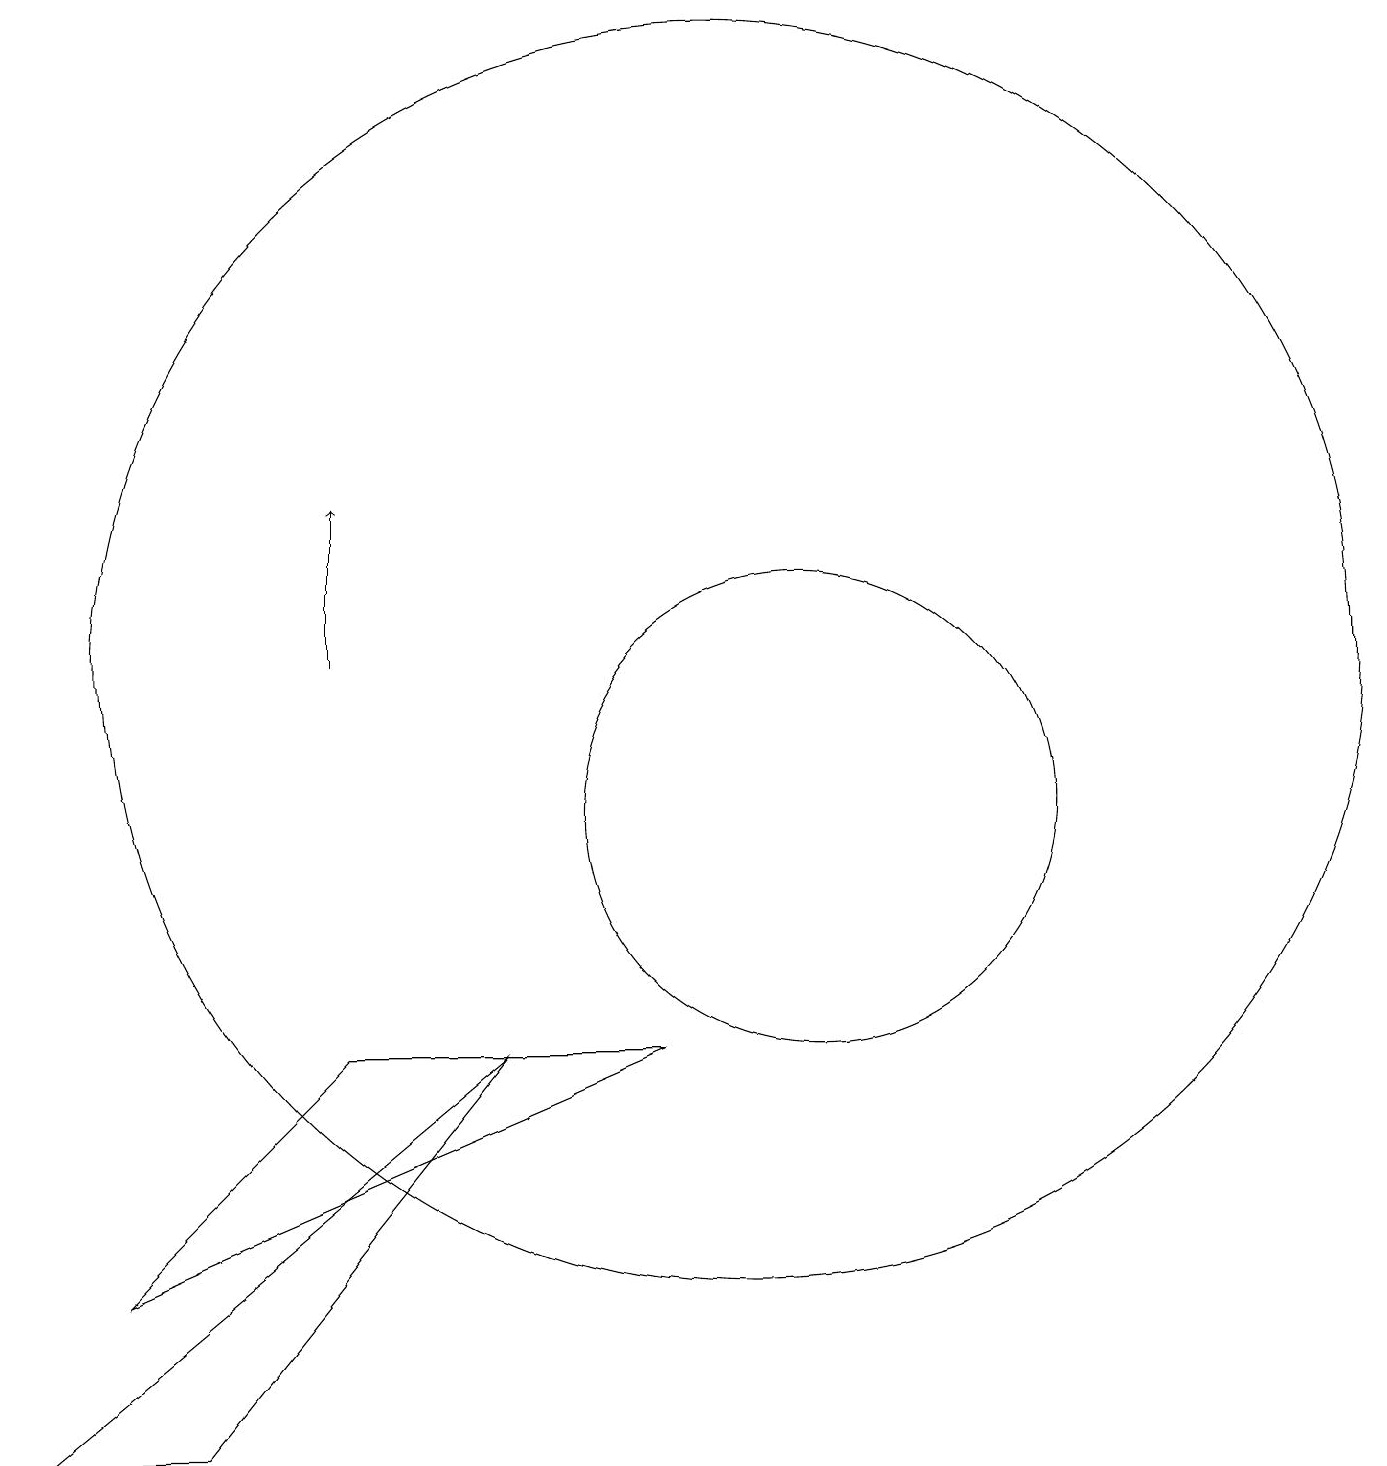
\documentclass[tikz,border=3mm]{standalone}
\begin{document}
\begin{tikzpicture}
\draw (1,2) -- (3,2) -- (7,7) -- cycle;
\draw[->] (5,12) -- (5,14);
\draw (10,12) circle (8);
\draw (11,10) circle (3);
\draw (9,7) -- (2,4) -- (5,7) -- cycle;
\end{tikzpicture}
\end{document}